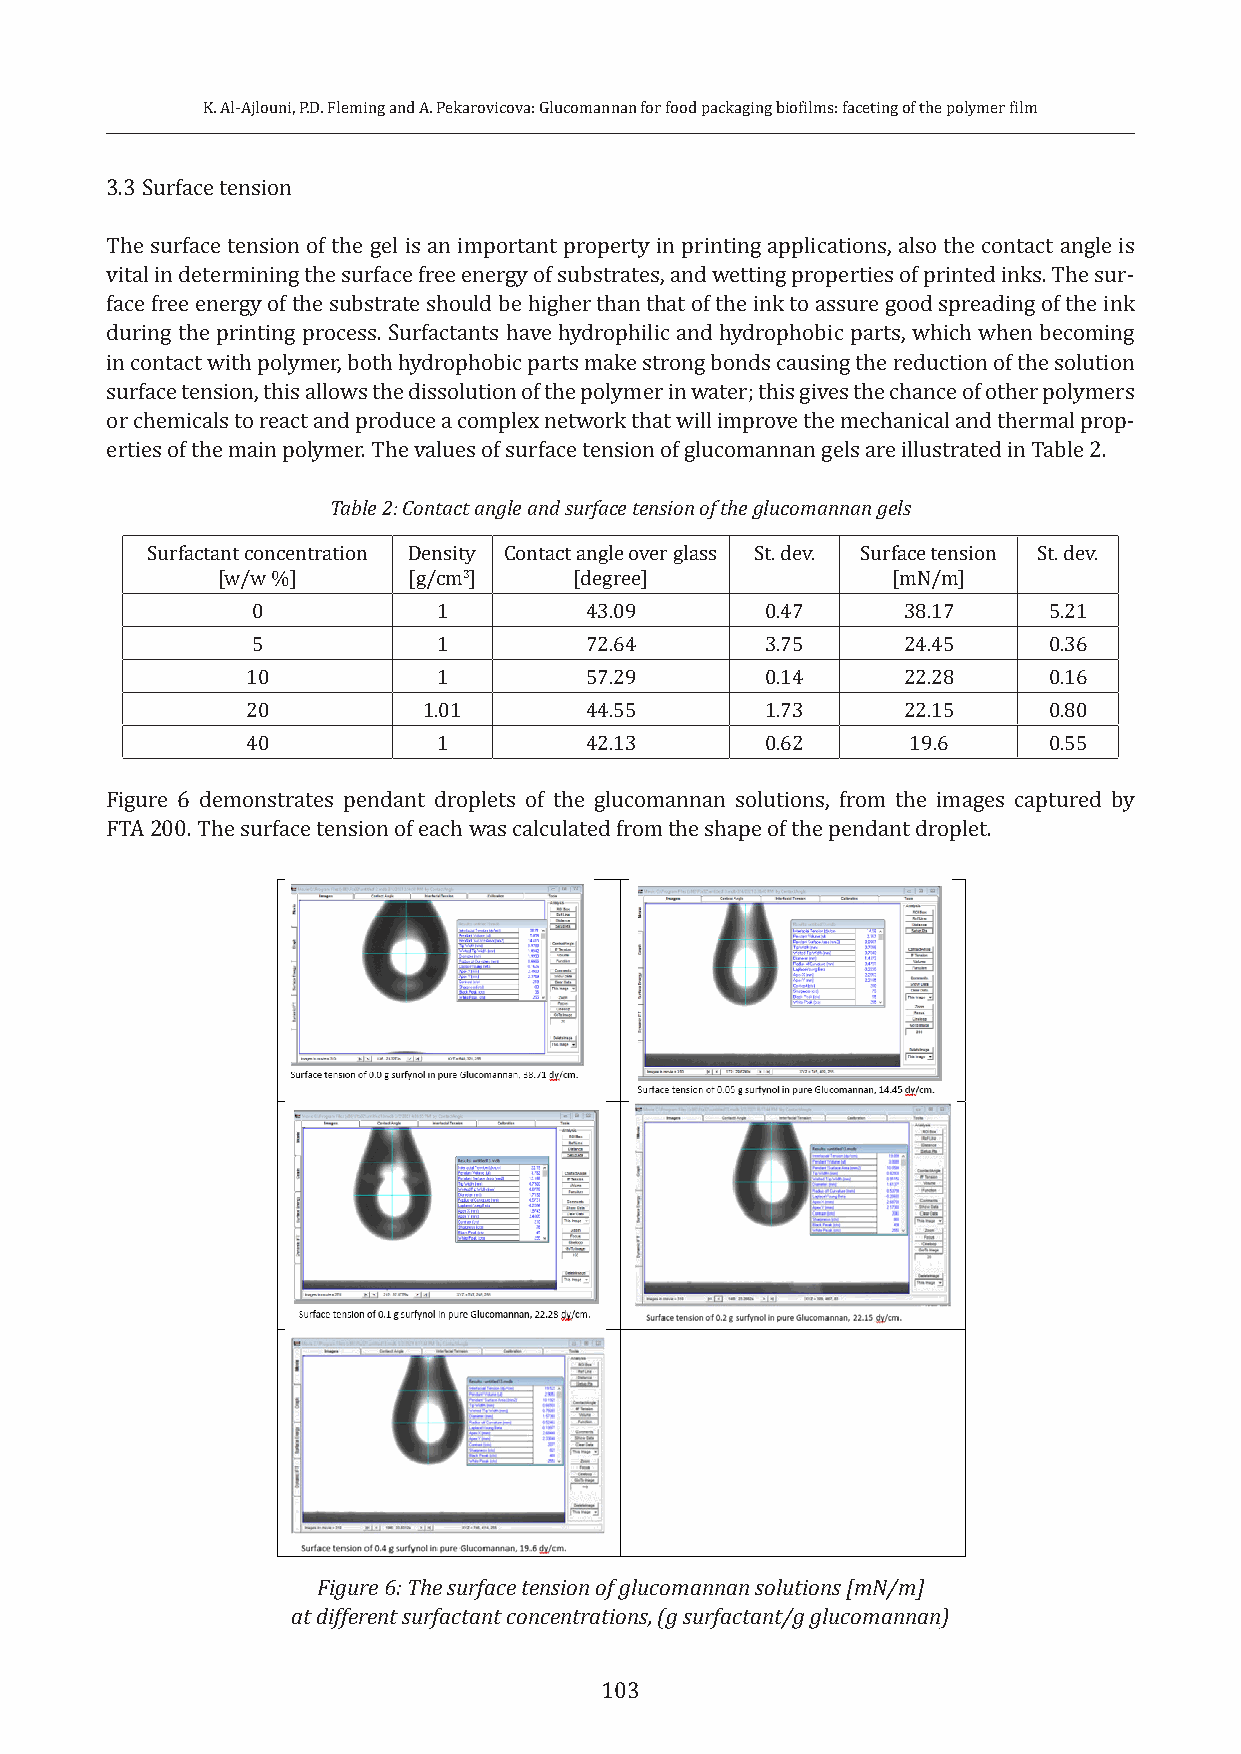
K. Al-Ajlouni, P.D. Fleming and A. Pekarovicova: Glucomannan for food packaging biofilms: faceting of the polymer film
 3.3 Surface tension
 The surface tension of the gel is an important property in printing applications, also the contact angle is
 vital in determining the surface free energy of substrates, and wetting properties of printed inks. The sur-
 face free energy of the substrate should be higher than that of the ink to assure good spreading of the ink
 during the printing process. Surfactants have hydrophilic and hydrophobic parts, which when becoming
 in contact with polymer, both hydrophobic parts make strong bonds causing the reduction of the solution
 surface tension, this allows the dissolution of the polymer in water; this gives the chance of other polymers
 or chemicals to react and produce a complex network that will improve the mechanical and thermal prop-
 erties of the main polymer. The values of surface tension of glucomannan gels are illustrated in Table 2.
 Table 2: Contact angle and surface tension of the glucomannan gels
 Surfactant concentration Density Contact angle over glass St. dev. Surface tension St. dev.
 [w/w %]      [g/cm3]    [degree]             [mN/m]
 0           1         43.09       0.47     38.17    5.21
 5           1         72.64       3.75     24.45    0.36
 10           1         57.29       0.14     22.28    0.16
 20          1.01       44.55       1.73     22.15    0.80
 40           1         42.13       0.62     19.6     0.55
 Figure 6 demonstrates pendant droplets of the glucomannan solutions, from the images captured by
 FTA 200. The surface tension of each was calculated from the shape of the pendant droplet.
 Figure 6: The surface tension of glucomannan solutions [mN/m]
 at different surfactant concentrations, (g surfactant/g glucomannan)
 103